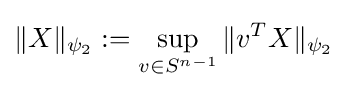
\|X\|_{\psi _{2}}:=\sup _{v\in S^{n-1}}\|v^{T}X\|_{\psi _{2}}